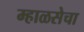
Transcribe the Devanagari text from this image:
म्हाळसेचा